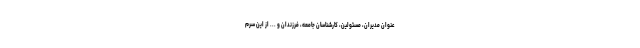
عنوان مديران، مسئولين، كارشناسان جامعه،‌ فرزندان و ... از اين سرم